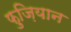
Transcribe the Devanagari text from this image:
फ़ुज़ियान